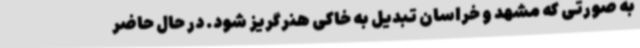
به صورتی که مشهد و خراسان تبدیل به خاکی هنرگریز شود. در حال حاضر